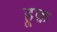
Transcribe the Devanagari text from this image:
हूफ़